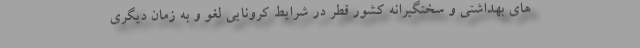
های بهداشتی و سختگیرانه کشور قطر در شرایط کرونایی لغو و به زمان دیگری